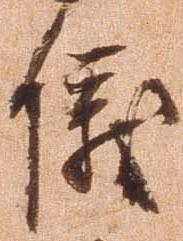
儀